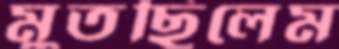
মুতছিলেম